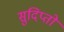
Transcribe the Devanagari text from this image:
सुदिप्तो